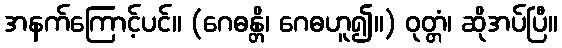
အနက်ကြောင့်ပင်။ (ဂေဓန္တိ၊ ဂေဓဟူ၍။) ဝုတ္တံ၊ ဆိုအပ်ပြီ။